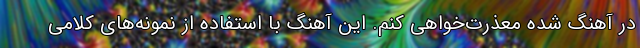
در آهنگ شده معذرت‌خواهی کنم. این آهنگ با استفاده از نمونه‌های کلامی